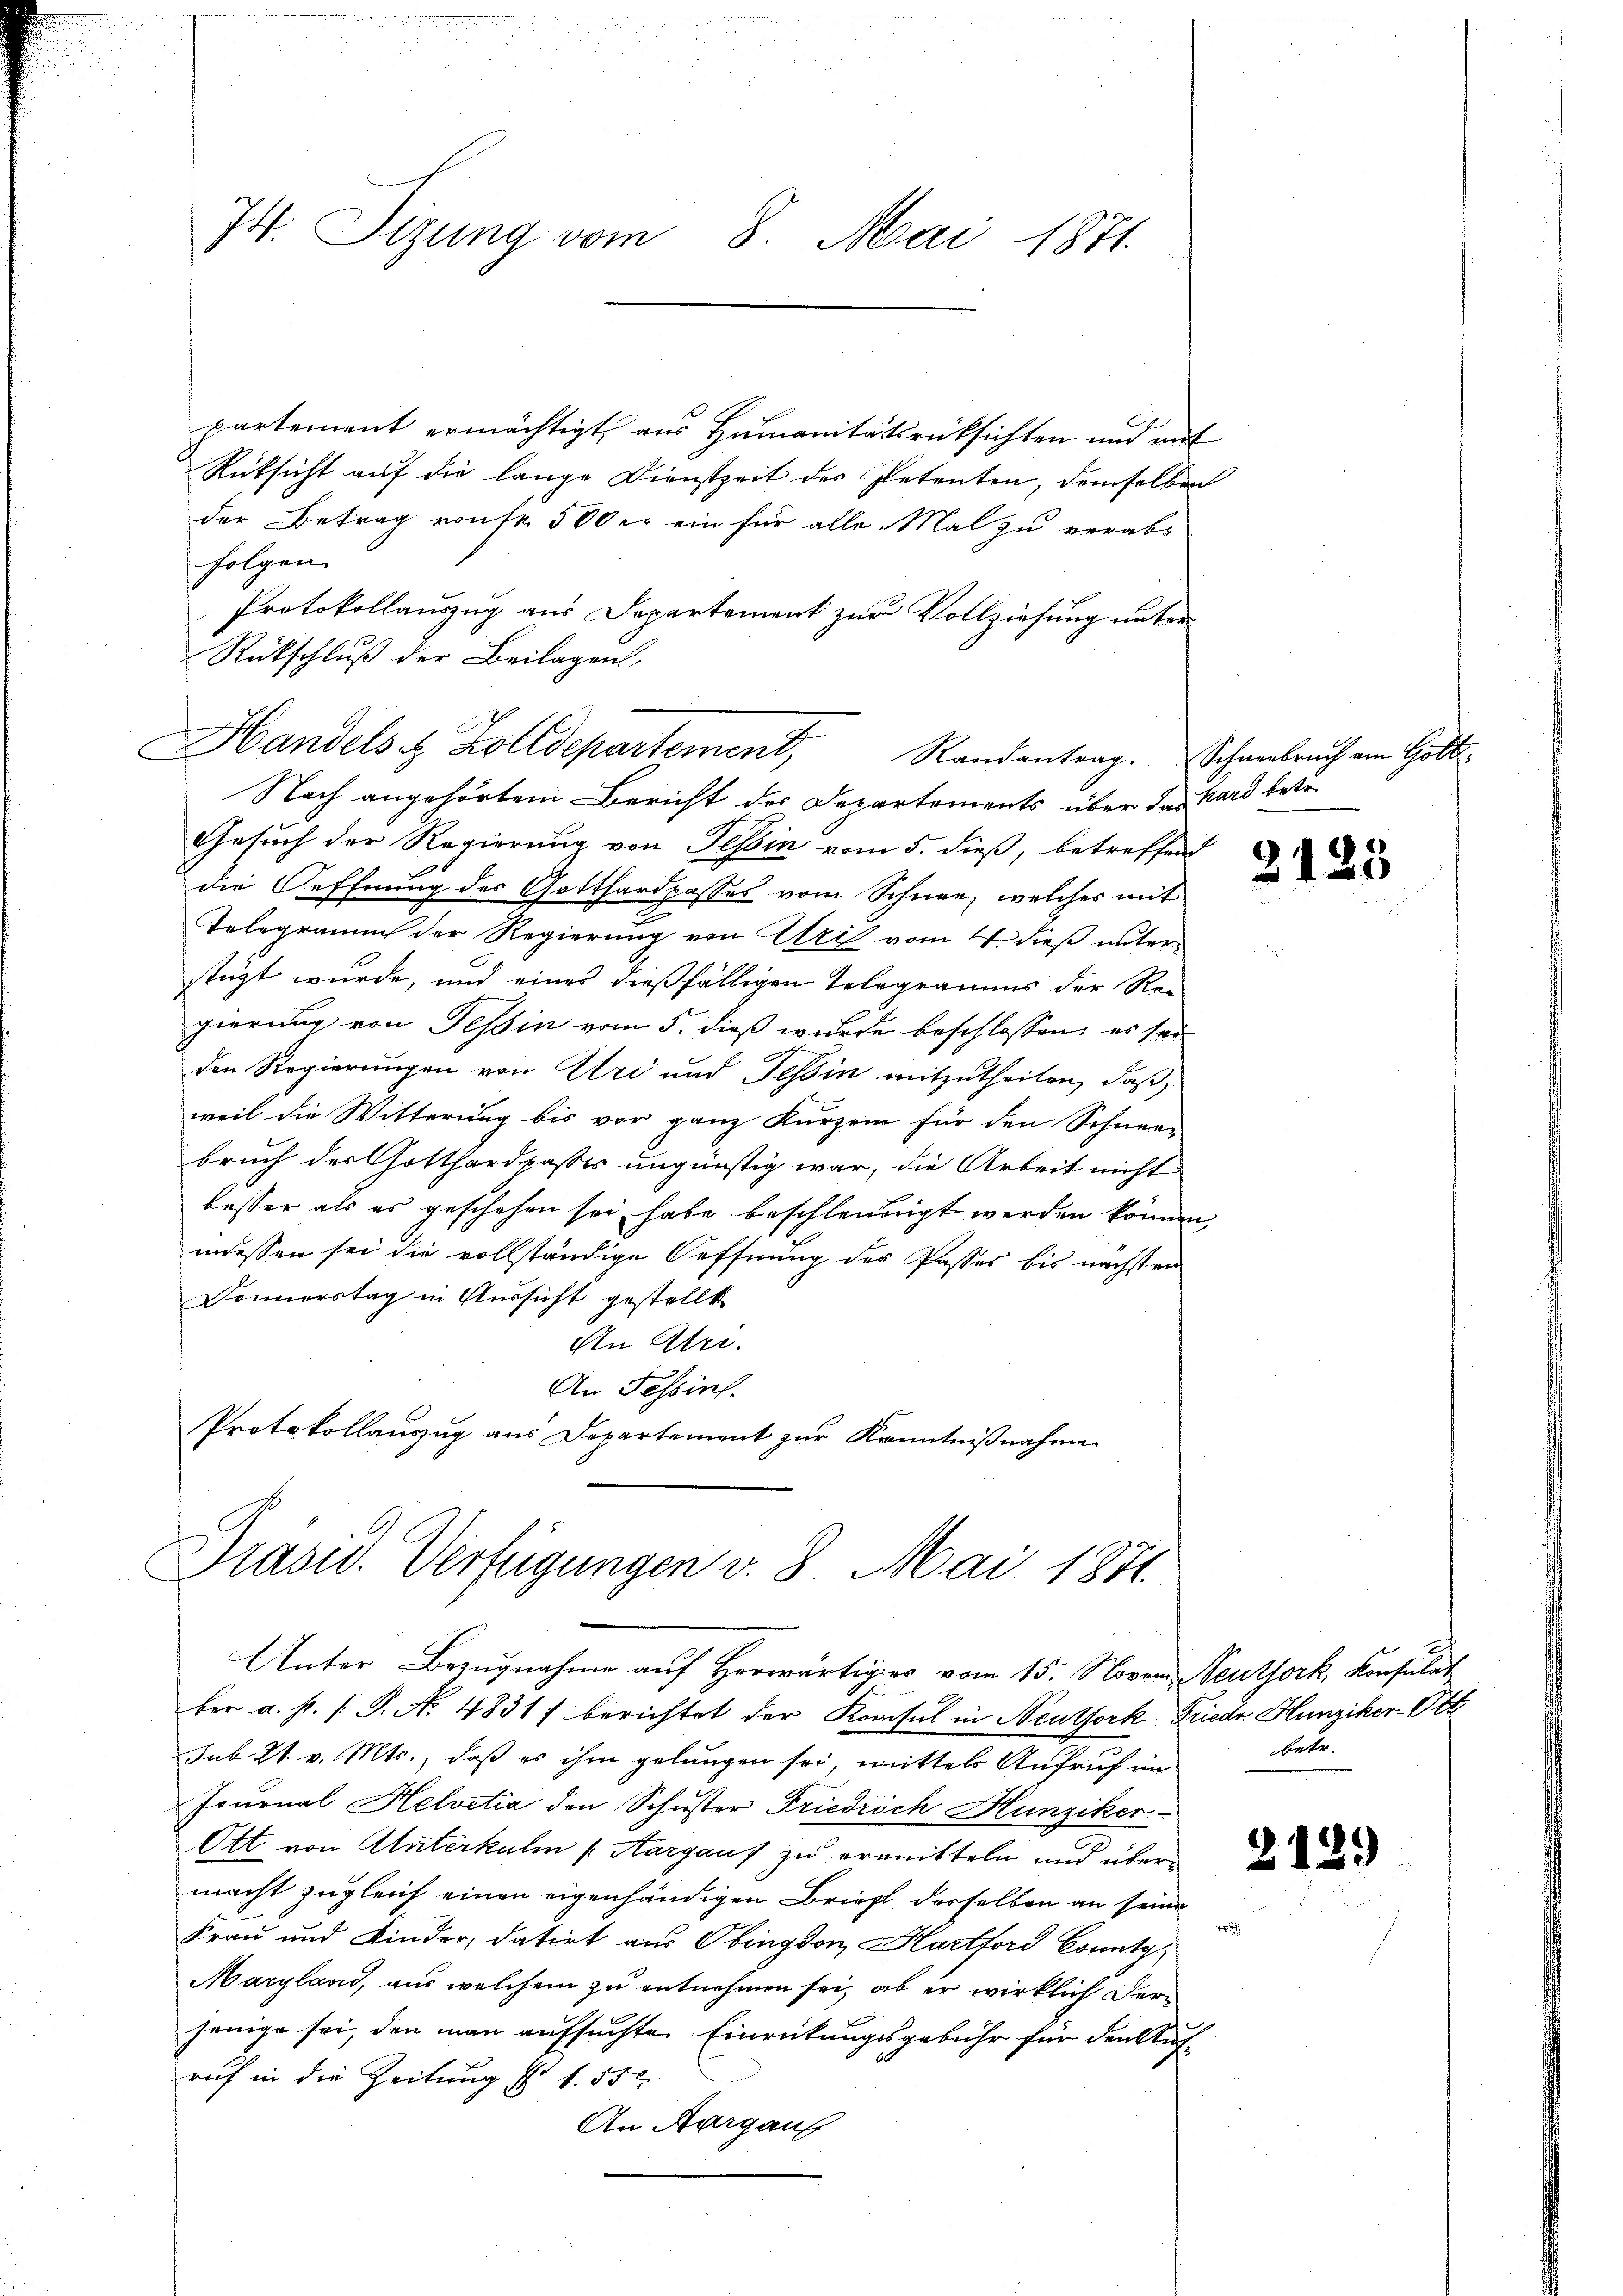
It. Sizung vom 8. Mai 1871

partement ermächtigt, aus Humanitätsrücksichten und mit
Rüksicht auf die lange Dienstzeit des Petenten, demselben
der Betrag von fr. 500 er ein für alle Mal zu verabfolgen
Protokollauszug aus Departement zur Vollziehung unter
10
Rückschluß der Beilagen,
Nach angehörtem Bericht der Departements über das kard betr.
Gesuch der Regierung von Tessin vom 5. dieß, betreffen
die Oeffnung des Gotthardpasses vom Schnee, welcher mit
3
Telegramm der Regierung von Uri vom 4. dieß unterstüzt wurde, und eines dießfälligen Telegramms der Regierung von Tessin vom 5. dieß wurde beschlossen, es sei
den Regierungen von Uri und Tessin mitzutheilen, daß,
weil die Witterung bis vor ganz Kurzem für den Schnee-
bruch der Gotthardpasses ungünstig war, die Arbeit nicht
besser als es geschehen sei habe beschleunigt werden können,
indessen sei die vollständige Oeffnung der Passes bis nächsten
Donnerstag in Aussicht gestellt
An Stri
An Tessin.
Protokollauszug aus Departement zur Kenntniβnahme

Handels u. Zolldepartement,

Drasur. Verfügungen v. 8. Mai 1871.
Unter Bezugnahme auf Herwärtiges vom 15. Nover Seuthork, Konsulat

Randantrag. Schneebruch am Gott

ber a. f. (T. N. 4831) berichtet der Konsul in Neuthork Friedr. Hunziker-Ott
sub. 21. v. Mts., daß es ihm gelungen sei, mittels Aufruf im
Journal Helvetia den Schuster Friedrich Hunziker-
Ott von Unterkulm /: Aargau zu ermitteln und übermacht zugleich einen eigenhändigen Brief derselben an seine
Frau und Kinder, datirt aus Obington, Hartford konntg
Maryland, aus welchem zu entnehmen sei, ob er wirklich derjenige sei, den man aufsuchten Einreitungsgebühr für den Auf-
ruf in die Zeitung s. f. 550.
An Aargau

2123

betr.

2

12.